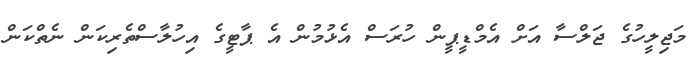
މަޖިލީހުގެ ޖަލްސާ އަށް އެމްޑީޕީން ހުރަސް އެޅުމުން އެ ޕާޓީގެ އިހުލާސްތެރިކަން ނެތްކަން